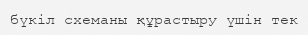
бүкіл схеманы құрастыру үшін тек